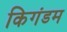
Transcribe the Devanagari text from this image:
किगंडम